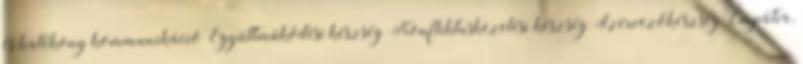
és hatékony kommunikáció Együttműködési készség Konfliktuskezelési készség Szervezőkészség Empátia,